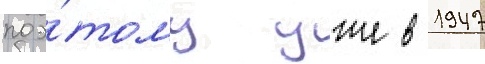
поэ́тому уже в 1947